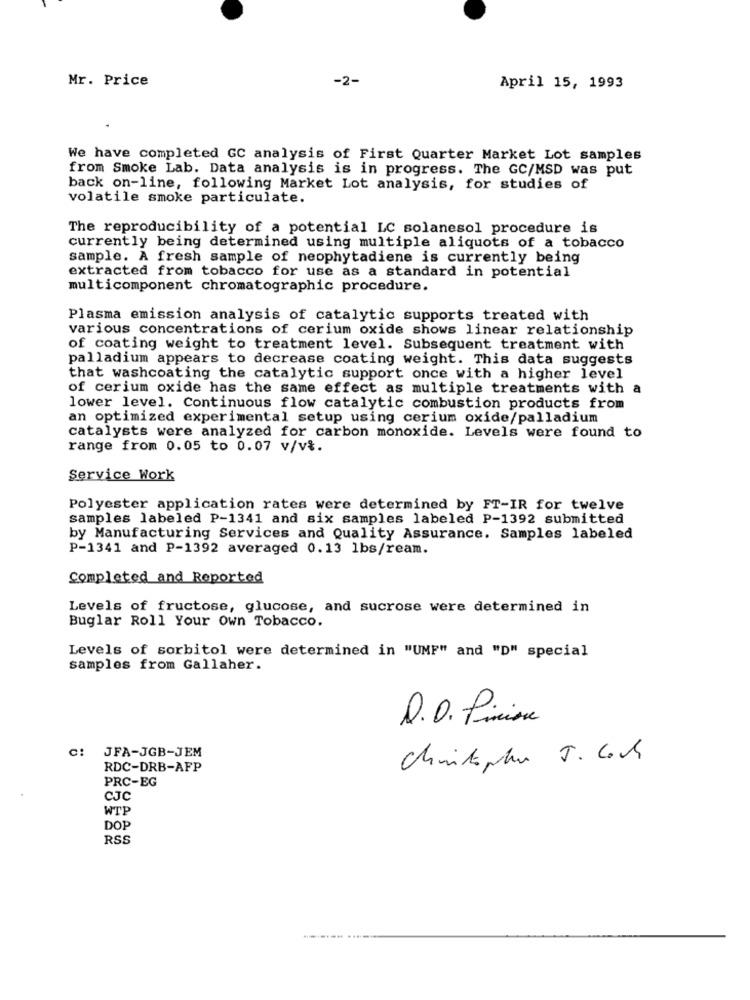
Mr. Price
-2-
April 15, 1993
We have completed GC analysis of First Quarter Market Lot samples
from Smoke Lab. Data analysis is in progress. The GC/MSD was put
back on-line, following Market Lot analysis, for studies of
volatile smoke particulate.
The reproducibility of a potential LC solanesol procedure is
currently being determined using multiple aliquots of a tobacco
sample. A fresh sample of neophytadiene is currently being
extracted from tobacco for use as a standard in potential
multicomponent chromatographic procedure.
Plasma emission analysis of catalytic supports treated with
various concentrations of cerium oxide shows linear relationship
of coating weight to treatment level. Subsequent treatment with
palladium appears to decrease coating weight. This data suggests
that washcoating the catalytic support once with a higher level
of cerium oxide has the same effect as multiple treatments with
lower level. Continuous flow catalytic combustion products from
an optimized experimental setup using cerium oxide/palladium
catalysts were analyzed for carbon monoxide. Levels were found to
range from 0.05 to 0.07 v/v *.
Service Work
Polyester application rates were determined by FT-IR for twelve
samples labeled P-1341 and six samples labeled P-1392 submitted
by Manufacturing Services and Quality Assurance. Samples labeled
P-1341 and P-1392 averaged 0.13 lbs/ream.
Completed and Reported
Levels of fructose, glucose, and sucrose were determined in
Buglar Roll Your Own Tobacco.
Levels of sorbitol were determined in "UMF" and "D" special
samples from Gallaher.
D. D. Pinion
C:
JFA-JGB-JEM
Chinikapha J. Coch
RDC-DRB-AFP
PRC-EG
CJC
WTP
DOP
RSS